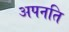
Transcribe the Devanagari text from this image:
अपनति